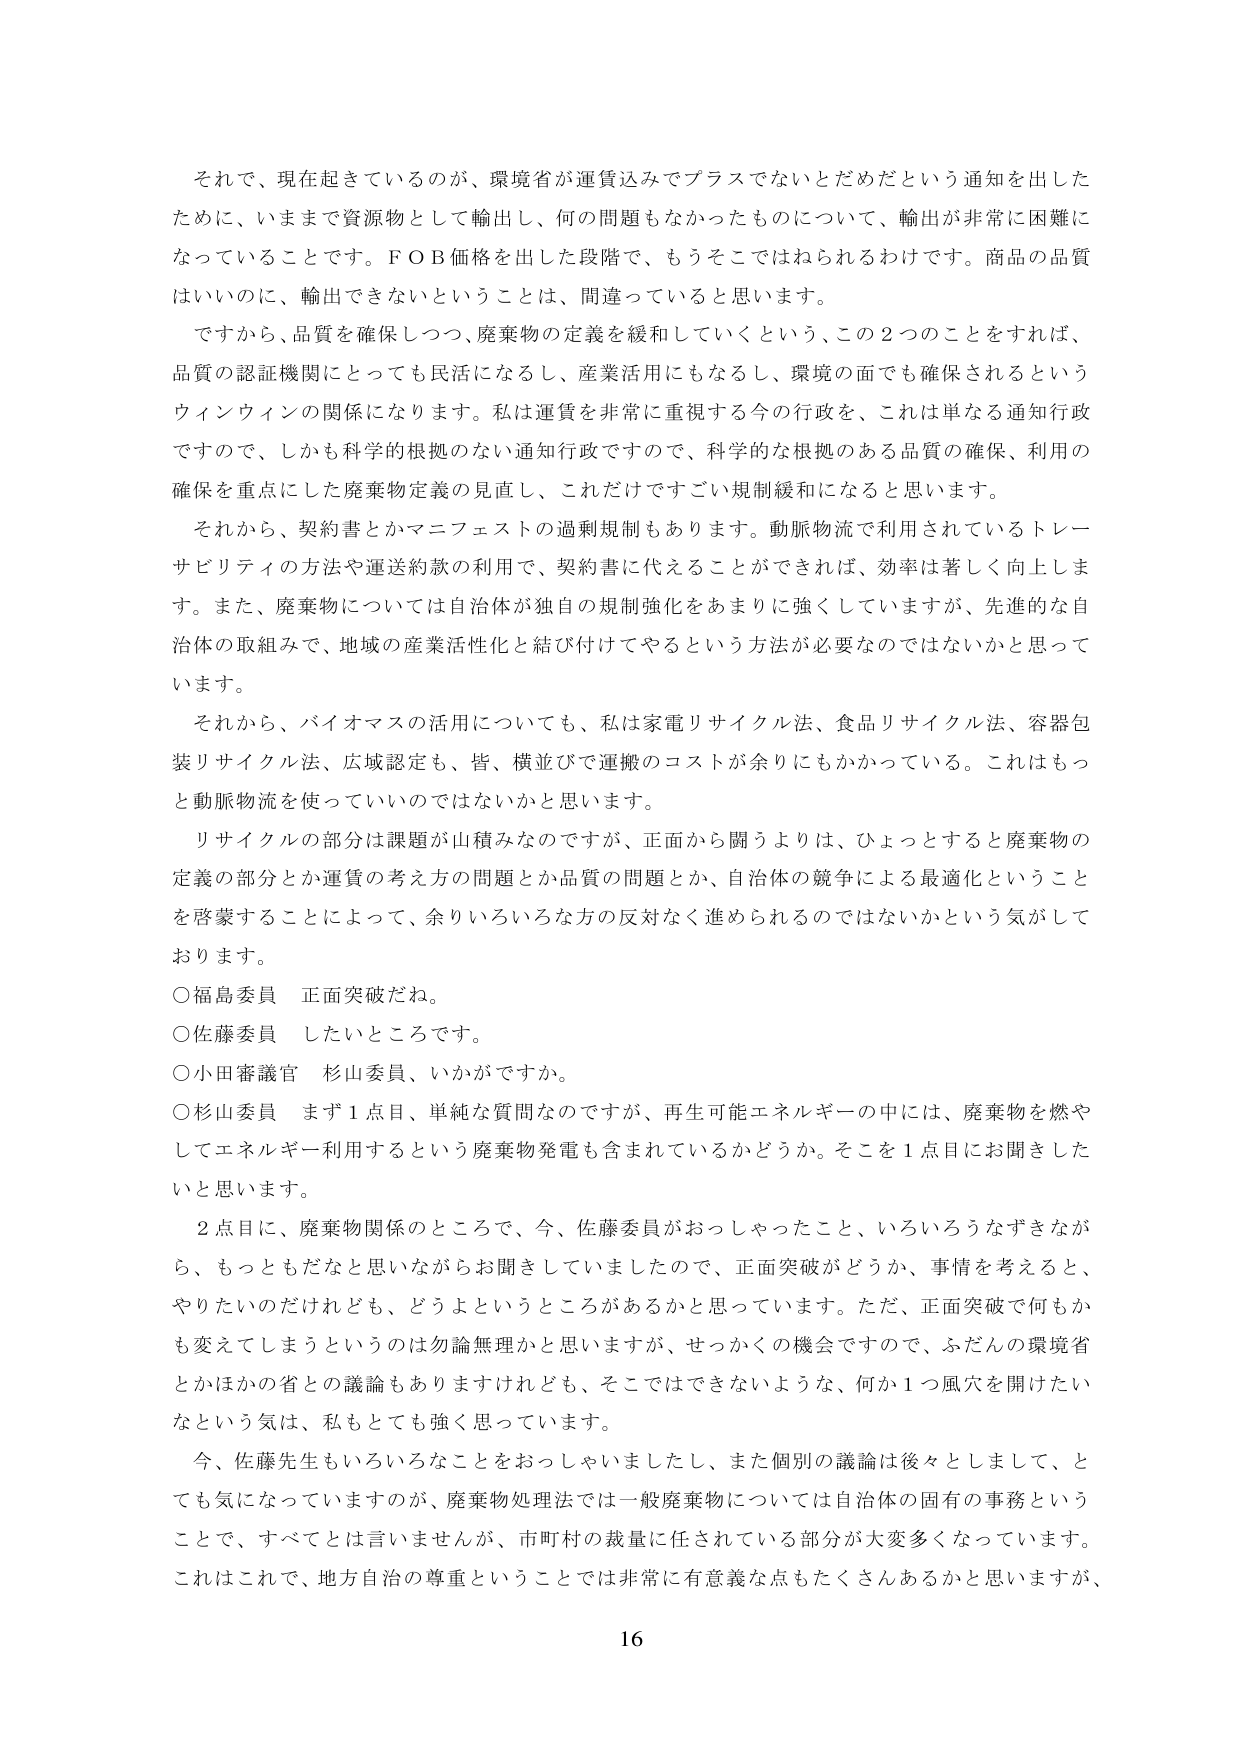
それで、現在起きているのが、環境省が運賃込みでプラスでないとだめだという通知を出したために、いままで資源物として輸出し、何の問題もなかったものについて、輸出が非常に困難になっていることです。ＦＯＢ価格を出した段階で、もうそこではねられるわけです。商品の品質はいいのに、輸出できないということは、間違っていると思います。

ですから、品質を確保しつつ、廃棄物の定義を緩和していくという、この２つのことをすれば、品質の認証機関にとっても民活になるし、産業活用にもなるし、環境の面でも確保されるというウィンウィンの関係になります。私は運賃を非常に重視する今の行政を、これは単なる通知行政ですので、しかも科学的根拠のない通知行政ですので、科学的な根拠のある品質の確保、利用の確保を重点にした廃棄物定義の見直し、これだけですごい規制緩和になると思います。

それから、契約書とかマニフェストの過剰規制もあります。動脈物流で利用されているトレーサビリティの方法や運送約款の利用で、契約書に代えることができれば、効率は著しく向上します。また、廃棄物については自治体が独自の規制強化をあまりに強くしていますが、先進的な自治体の取組みで、地域の産業活性化と結び付けてやるという方法が必要なのではないかと思っていきます。

それから、バイオマスの活用についても、私は家電リサイクル法、食品リサイクル法、容器包装リサイクル法、広域認定も、皆、横並びで運搬のコストが余りにもかかっている。これはもっと動脈物流を使っていいのではないかと思います。

リサイクルの部分は課題が山積みなのですが、正面から闘うよりは、ひょっとすると廃棄物の定義の部分とか運賃の考え方の問題とか品質の問題とか、自治体の競争による最適化ということを啓蒙することによって、余りいろいろな方の反対なく進められるのではないかという気がしております。

○福島委員 正面突破だね。
○佐藤委員 したいところです。
○小田審議官 杉山委員、いかがですか。
○杉山委員 まず１点目、単純な質問なのですが、再生可能エネルギーの中には、廃棄物を燃やしてエネルギー利用するという廃棄物発電も含まれているかどうか。そこを１点目にお聞きしたいと思います。

２点目に、廃棄物関係のところで、今、佐藤委員がおっしゃったこと、いろいろなずきながら、もっともだなと思いながらお聞きしていましたので、正面突破がどうか、事情を考えると、やりたいのだけれども、どうよというところがあるかと思っています。ただ、正面突破で何もかも変えてしまうというのは勿論無理かと思いますが、せっかくの機会ですので、ふだんの環境省とかほかの省との議論もありますけれども、そこではできないような、何か１つ風穴を開けたいなという気は、私もとても強く思っています。

今、佐藤先生もいろいろなことをおっしゃいましたし、また個別の議論は後々としまして、とても気になっていますのが、廃棄物処理法では一般廃棄物については自治体の固有の事務ということで、すべてとは言いませんが、市町村の裁量に任されている部分が大変多くなっています。これはこれで、地方自治の尊重ということでは非常に有意義な点もたくさんあるかと思いますが、16